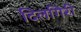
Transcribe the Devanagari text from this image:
दिलगिरी